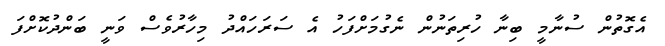
އެގޮތުން ސުނާމީ ބިނާ ހުރިތަނުން ނެގުމަށްފަހު އެ ސަރަހައްދު މިހާރުވެސް ވަނީ ބަންދުކޮށްފަ